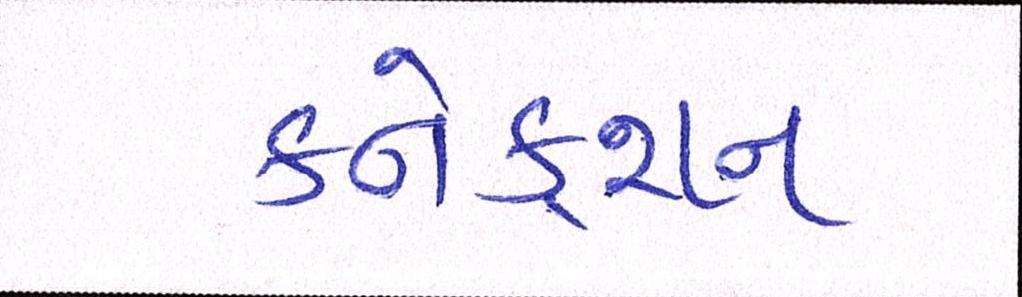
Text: કનેકશન